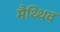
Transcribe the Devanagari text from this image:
मैथ्थिव